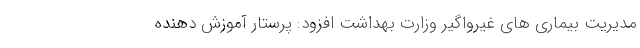
مدیریت بیماری های غیرواگیر وزارت بهداشت افزود: پرستار آموزش دهنده